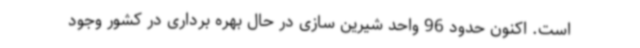
است. اکنون حدود 96 واحد شیرین سازی در حال بهره برداری در کشور وجود